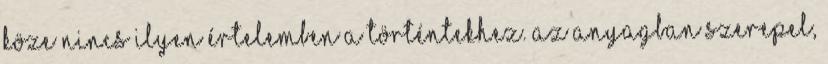
köze nincs ilyen értelemben a történtekhez. Az anyagban szerepel,